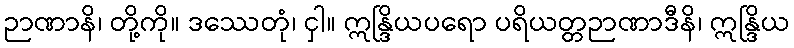
ဉာဏာနိ၊ တို့ကို။ ဒဿေတုံ၊ ငှါ။ ဣန္ဒြိယပရော ပရိယတ္တဉာဏာဒီနိ၊ ဣန္ဒြိယ